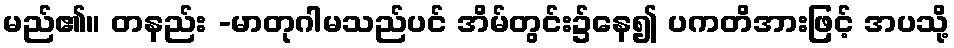
မည်၏။ တနည်း -မာတုဂါမသည်ပင် အိမ်တွင်း၌နေ၍ ပကတိအားဖြင့် အပသို့